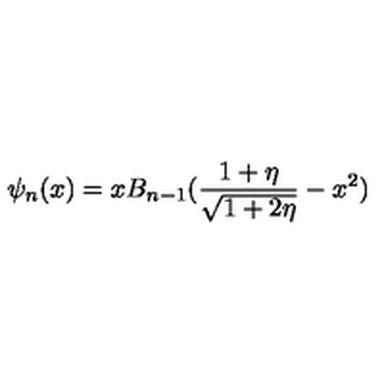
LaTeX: \psi _ { n } ( x ) = x B _ { n - 1 } ( { \frac { 1 + \eta } { \sqrt { 1 + 2 \eta } } } - x ^ { 2 } )